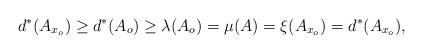
LaTeX: \begin{align*}d^*(A_{x_o}) \geq d^*(A_o) \geq \lambda(A_o) = \mu(A) = \xi(A_{x_o}) = d^*(A_{x_o}),\end{align*}